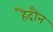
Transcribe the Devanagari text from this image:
हैदौन